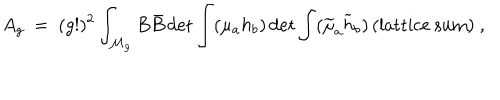
A _ { g } ~ = ~ ( g ! ) ^ { 2 } \int _ { { \cal M } _ { g } } B \bar { B } \det { \int ( { \mu _ { a } } h _ { b } } ) \det { \int ( \widetilde { \mu } _ { a } \widetilde { h } _ { b } ) } \, ( \mathrm { { l a t t i c e ~ s u m } } ) ~ ,